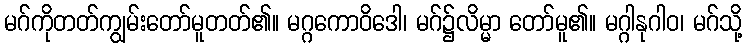
မဂ်ကိုတတ်ကျွမ်းတော်မူတတ်၏။ မဂ္ဂကောဝိဒေါ၊ မဂ်၌လိမ္မာ တော်မူ၏။ မဂ္ဂါနုဂါဝ၊ မဂ်သို့